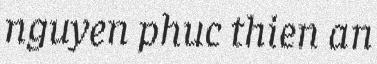
nguyen phuc thien an